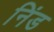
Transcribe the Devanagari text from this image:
निंड